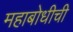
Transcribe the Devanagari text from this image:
महाबोधीची